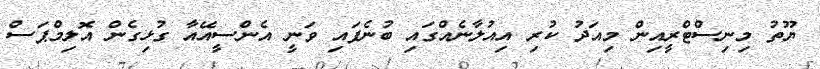
ޔޫތު މިނިސްޓްރީއިން މިއަދު ކުރި އިއުލާނެއްގައި ބުނެފައި ވަނީ އެންސީއޭއާ ގުޅިގެން އޮލިމްޕަސް